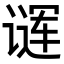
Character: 𬤖